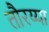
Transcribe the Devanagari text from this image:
तौरय्या